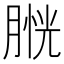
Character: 𦞔